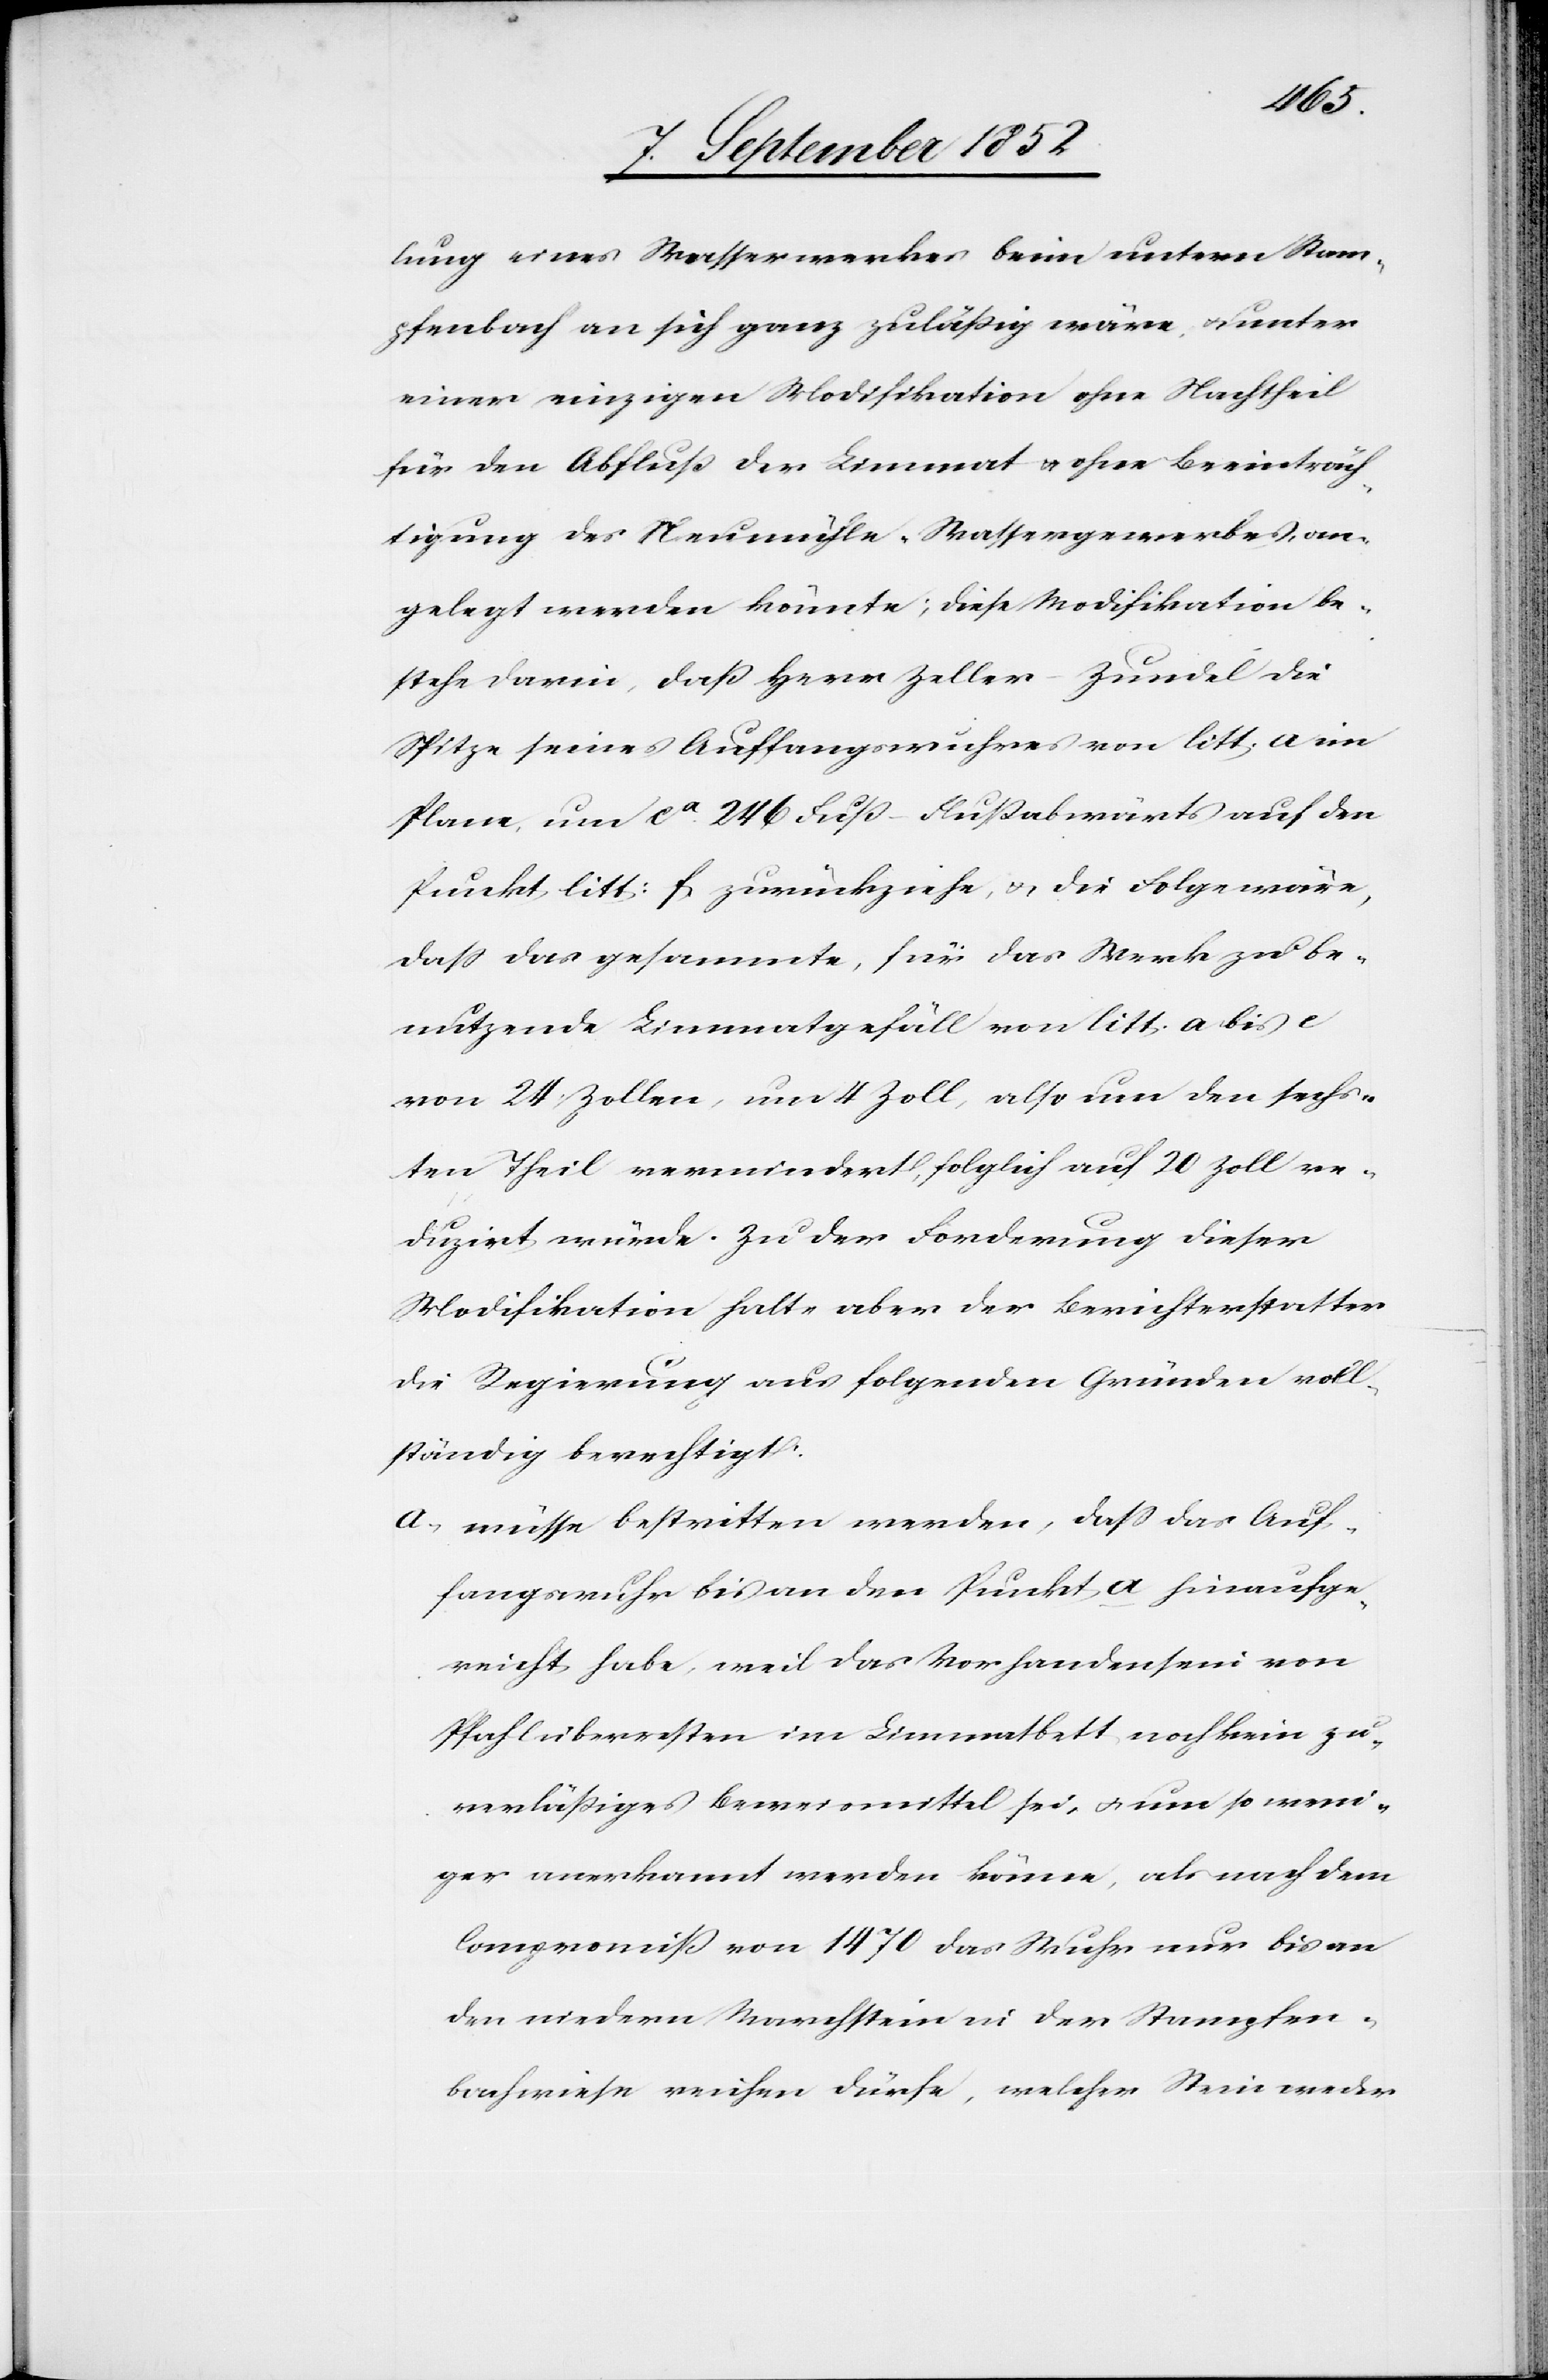
lung eines Wasserwerkes beim untern Stam¬
pfenbach an sich ganz zuläßig wäre, & unter
einer einzigen Modifikation ohne Nachtheil
für den Abfluß der Limmat & ohne Beeinträch¬
tigung des Neumühle-Wassergewerbes, an¬
gelegt werden könnte; diese Modifikation be¬
stehe darin, daß Herr Zeller-Zundel die
Spitze seines Auffangswuhres von litt. a im
Plane, um ca. 246 Fuß – Flußabwärts auf den
Punkt litt: f zurückziehe, & die Folge wäre,
dass das gesammte, für das Werk zu be¬
nutzende Limmatgefäll von litt. a bis e
von 24 Zollen, um 4 Zoll, also um den sechs¬
ten Theil vermindert, folglich auf 20 Zoll re¬
duzirt würde. Zu der Forderung dieser
Modifikation halte aber der Berichterstatter
die Regierung aus folgenden Gründen voll¬
ständig berechtigt:
müsse bestritten werden, dass das Auf¬
fangswuhr bis an den Punkt a hinaufge¬
reicht habe, weil das Vorhandensein von
Pfahlüberresten im Limmatbett noch kein zu¬
verläßiges Beweismittel sei, & um so weni¬
ger anerkannt werden könne, als nach dem
Compromiß von 1470 das Wuhr nur bis an
den niedern Marchstein in der Stampfen¬
bachwiese reichen dürfe, welcher Stein weder